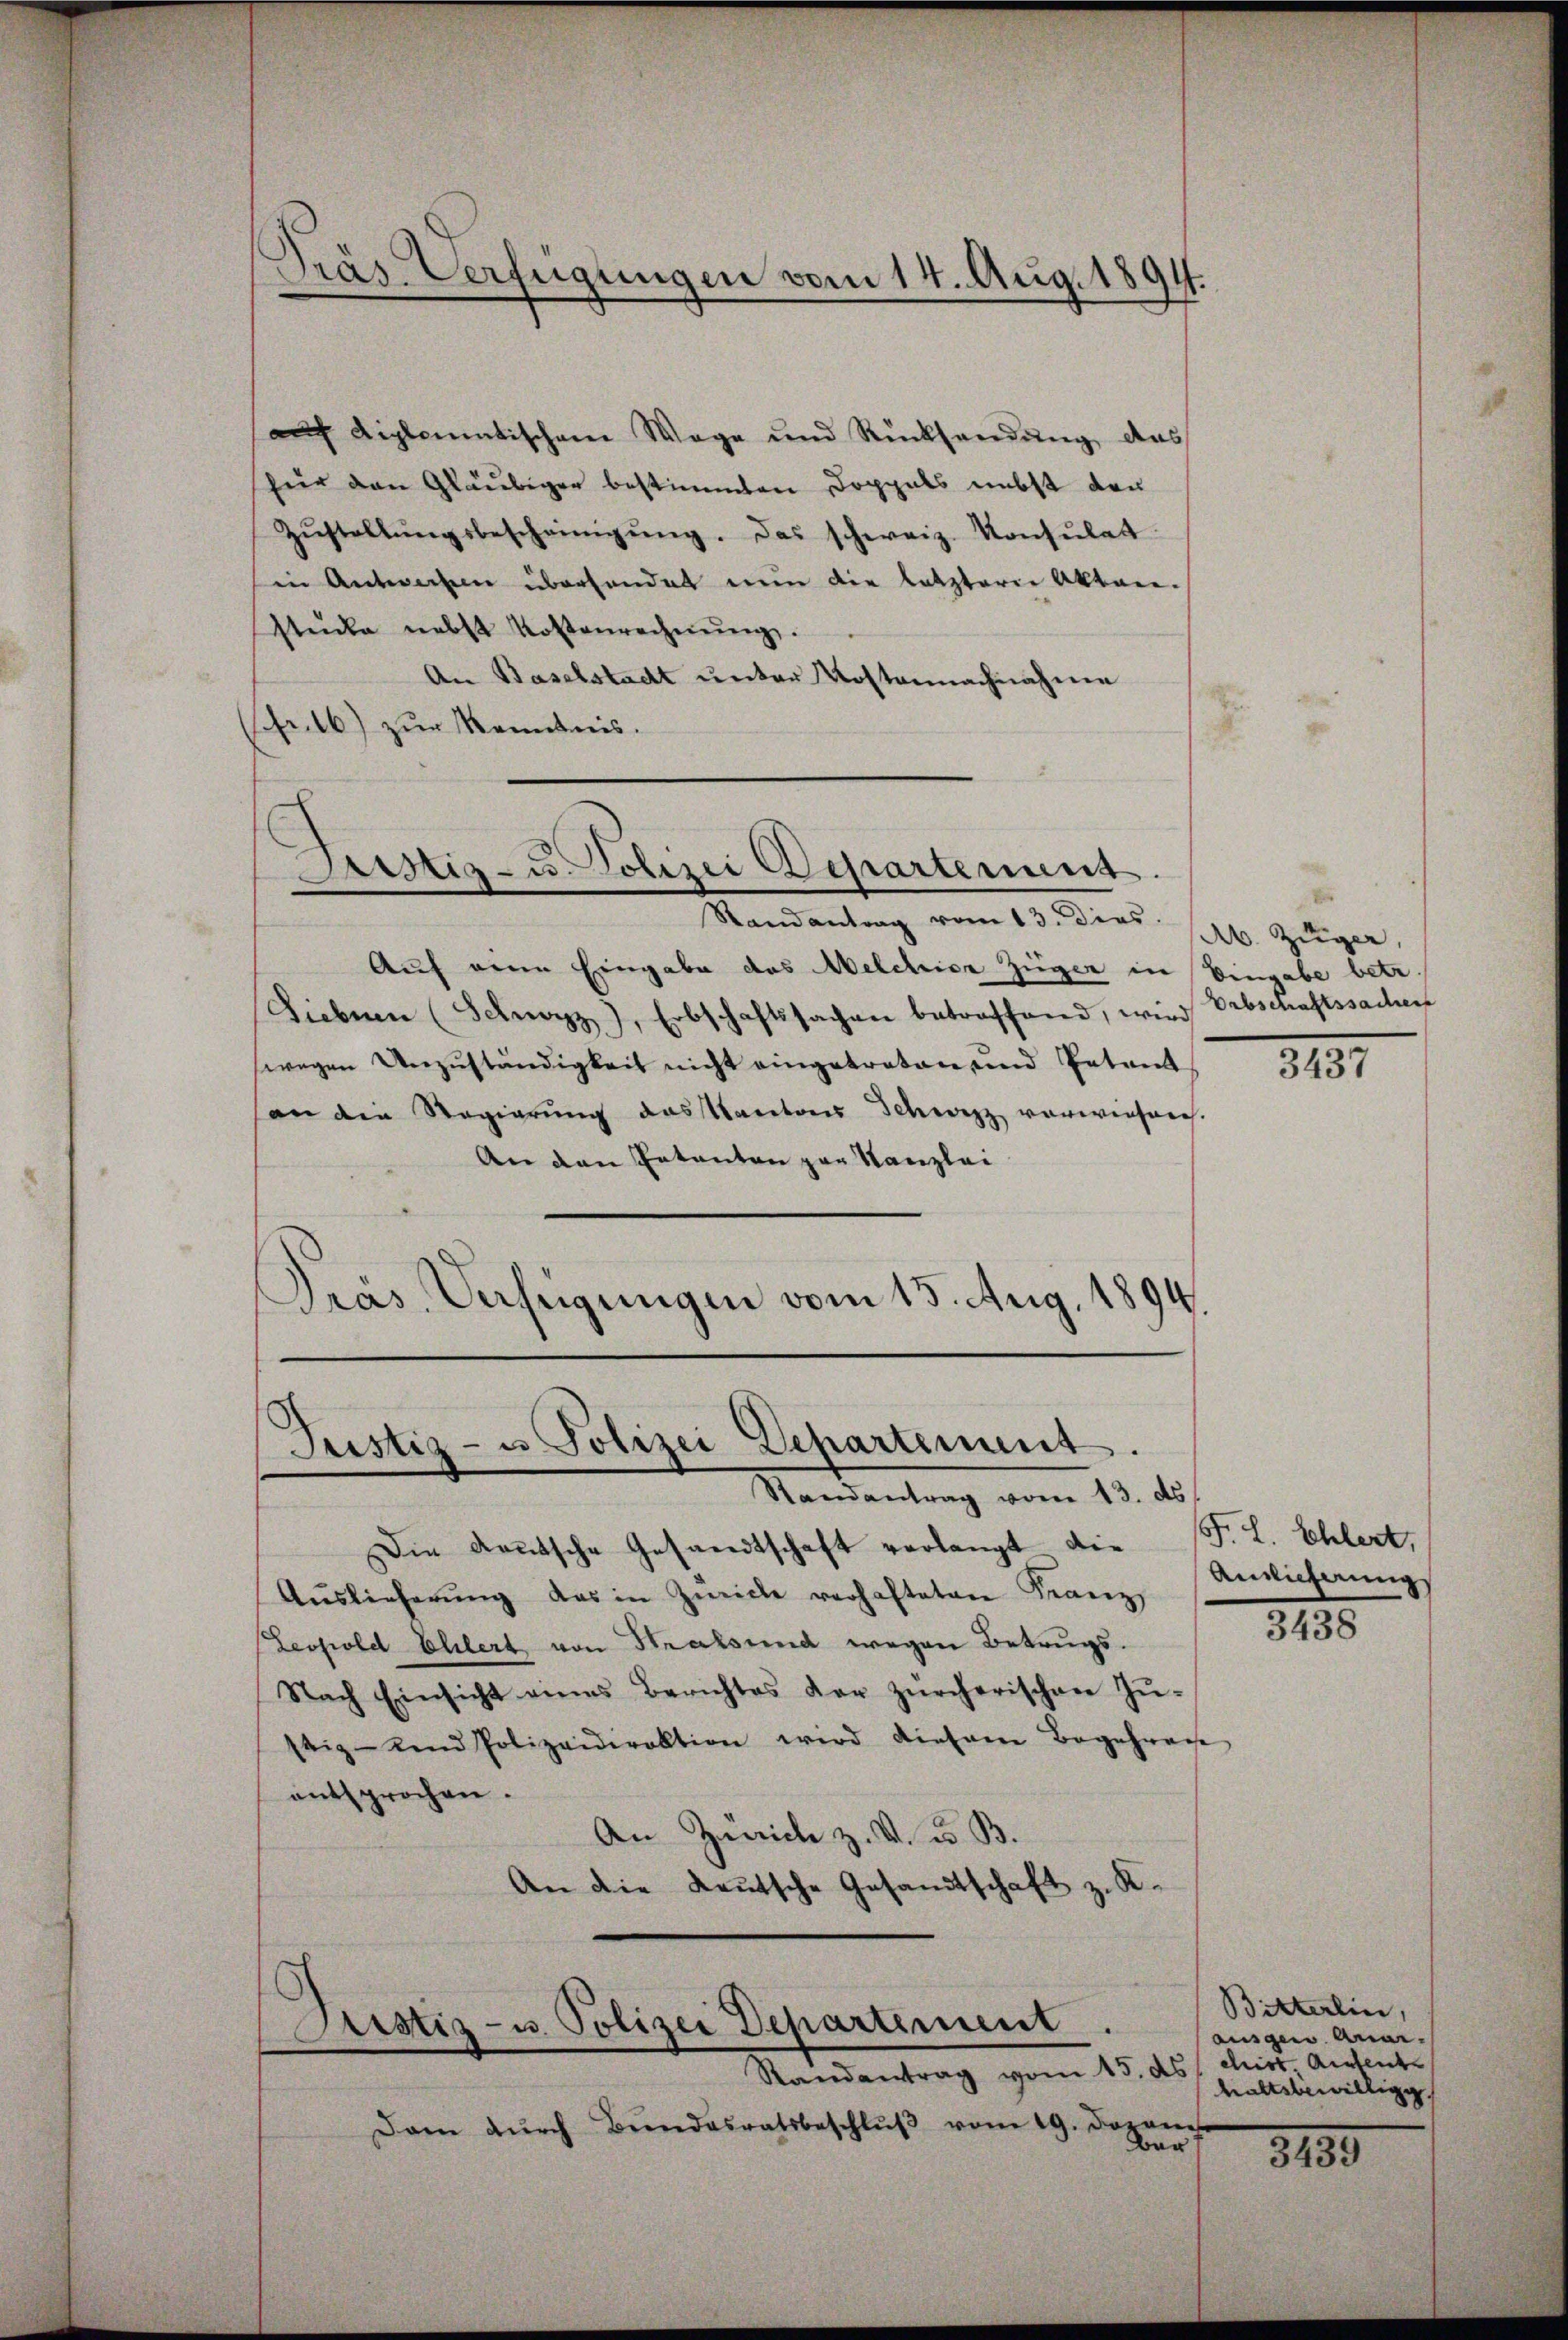
Präs. Verfügungen vom 14. Aug. 1891

auf diplomatischem Wege und Rücksendung das
für den Gläubiger bestimmten Doppels nebst den
Zŭstellŭngsbescheinigŭng. Das schweiz. Konsŭlat
in Antworfen überhandet nun die letzterer Akten-
stücke nebst Kostenrechnŭng.
An Baselstadt unter Kostennachnahme
Fr.16) zur Kenntnis.
Randantrag vom 13. dies.
Auf eine Eingabe das Melchior Züger in Eingabe betr.
Diebnen (Schwarzz), Erbschaftssachen betroffend, wird Erbschaftssachen
wegen Unzuständigkeit nicht eingetreten und Entret
an die Regierŭng das Kantons Schweiz vorwiesen.
An den Entanten par Kanzlei
Präs. Verfügungen vom 15. Aug. 1894.

Justiz- u. Polizei Departenung.

Justiz- u. Polizei Departement.

Randantrag vom 13. ds.
Die deutsche Gesandtschaft verlangt die (F. L. Ehlert,
Aŭslieferŭng das in Zürich verhafteten Franz
Leopold Ehlert von Stralsund wegen Betrugs¬
Nach Einsicht eines Berichtes der zürcherischen Zŭ-
stiz- und Polizeidirektion wird diesem Begehrene
entsprochen.
An Zürich z. V. d. B.
An die Leŭtsche Gesandtschaft z. K.

Justiz- u. Polizei Departement.

Randantrag vom 15. ds. ist Anstente
Dam dŭrch Bŭndesratsbeschlŭβ vom 19. Jozones
bar s

Ab. Zuger,

8151

Ansicherungs
3438

Bitterlin,
ausgen. Anar-
haltsbewilligg

3155